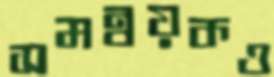
সমন্বয়কও